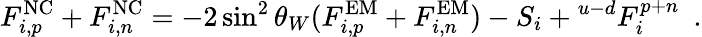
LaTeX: F_{i,p}^{\mathrm{NC}}+F_{i,n}^{\mathrm{NC}}=-2\sin^{2}\theta_{W}(F_{i,p}^{\mathrm{EM}}+F_{i,n}^{\mathrm{EM}})-S_{i}+{}^{u-d}F_{i}^{p+n}~~.